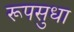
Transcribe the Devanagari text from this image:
रूपसुधा